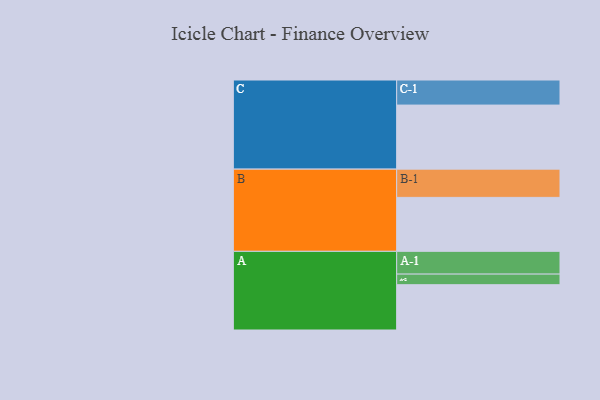
{"axis": {"x": "Segment", "y": "Value"}, "legend": ["", "A", "B", "C"], "data": [{"x": "A", "y": 372, "type": ""}, {"x": "B", "y": 443, "type": ""}, {"x": "C", "y": 526, "type": ""}, {"x": "A-1", "y": 187, "type": "A"}, {"x": "A-2", "y": 87, "type": "A"}, {"x": "B-1", "y": 232, "type": "B"}, {"x": "C-1", "y": 206, "type": "C"}]}